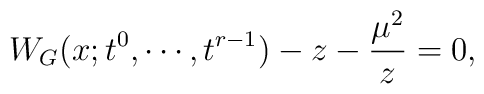
W_{G}(x; t^{0}, \cdots, t^{r-1})-z-{\mu^{2}\over z}=0,